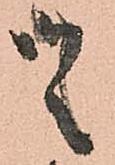
候